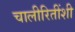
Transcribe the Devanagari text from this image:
चालीरितींशी